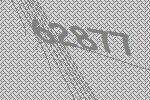
62877